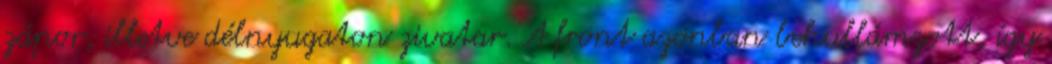
zápor, illetve délnyugaton zivatar. A front azonban behullámzott, így